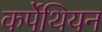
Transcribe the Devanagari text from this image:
कर्पेथियन